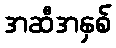
အဆီအနှစ်